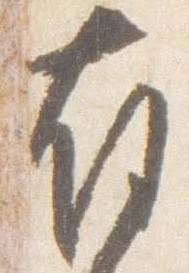
有